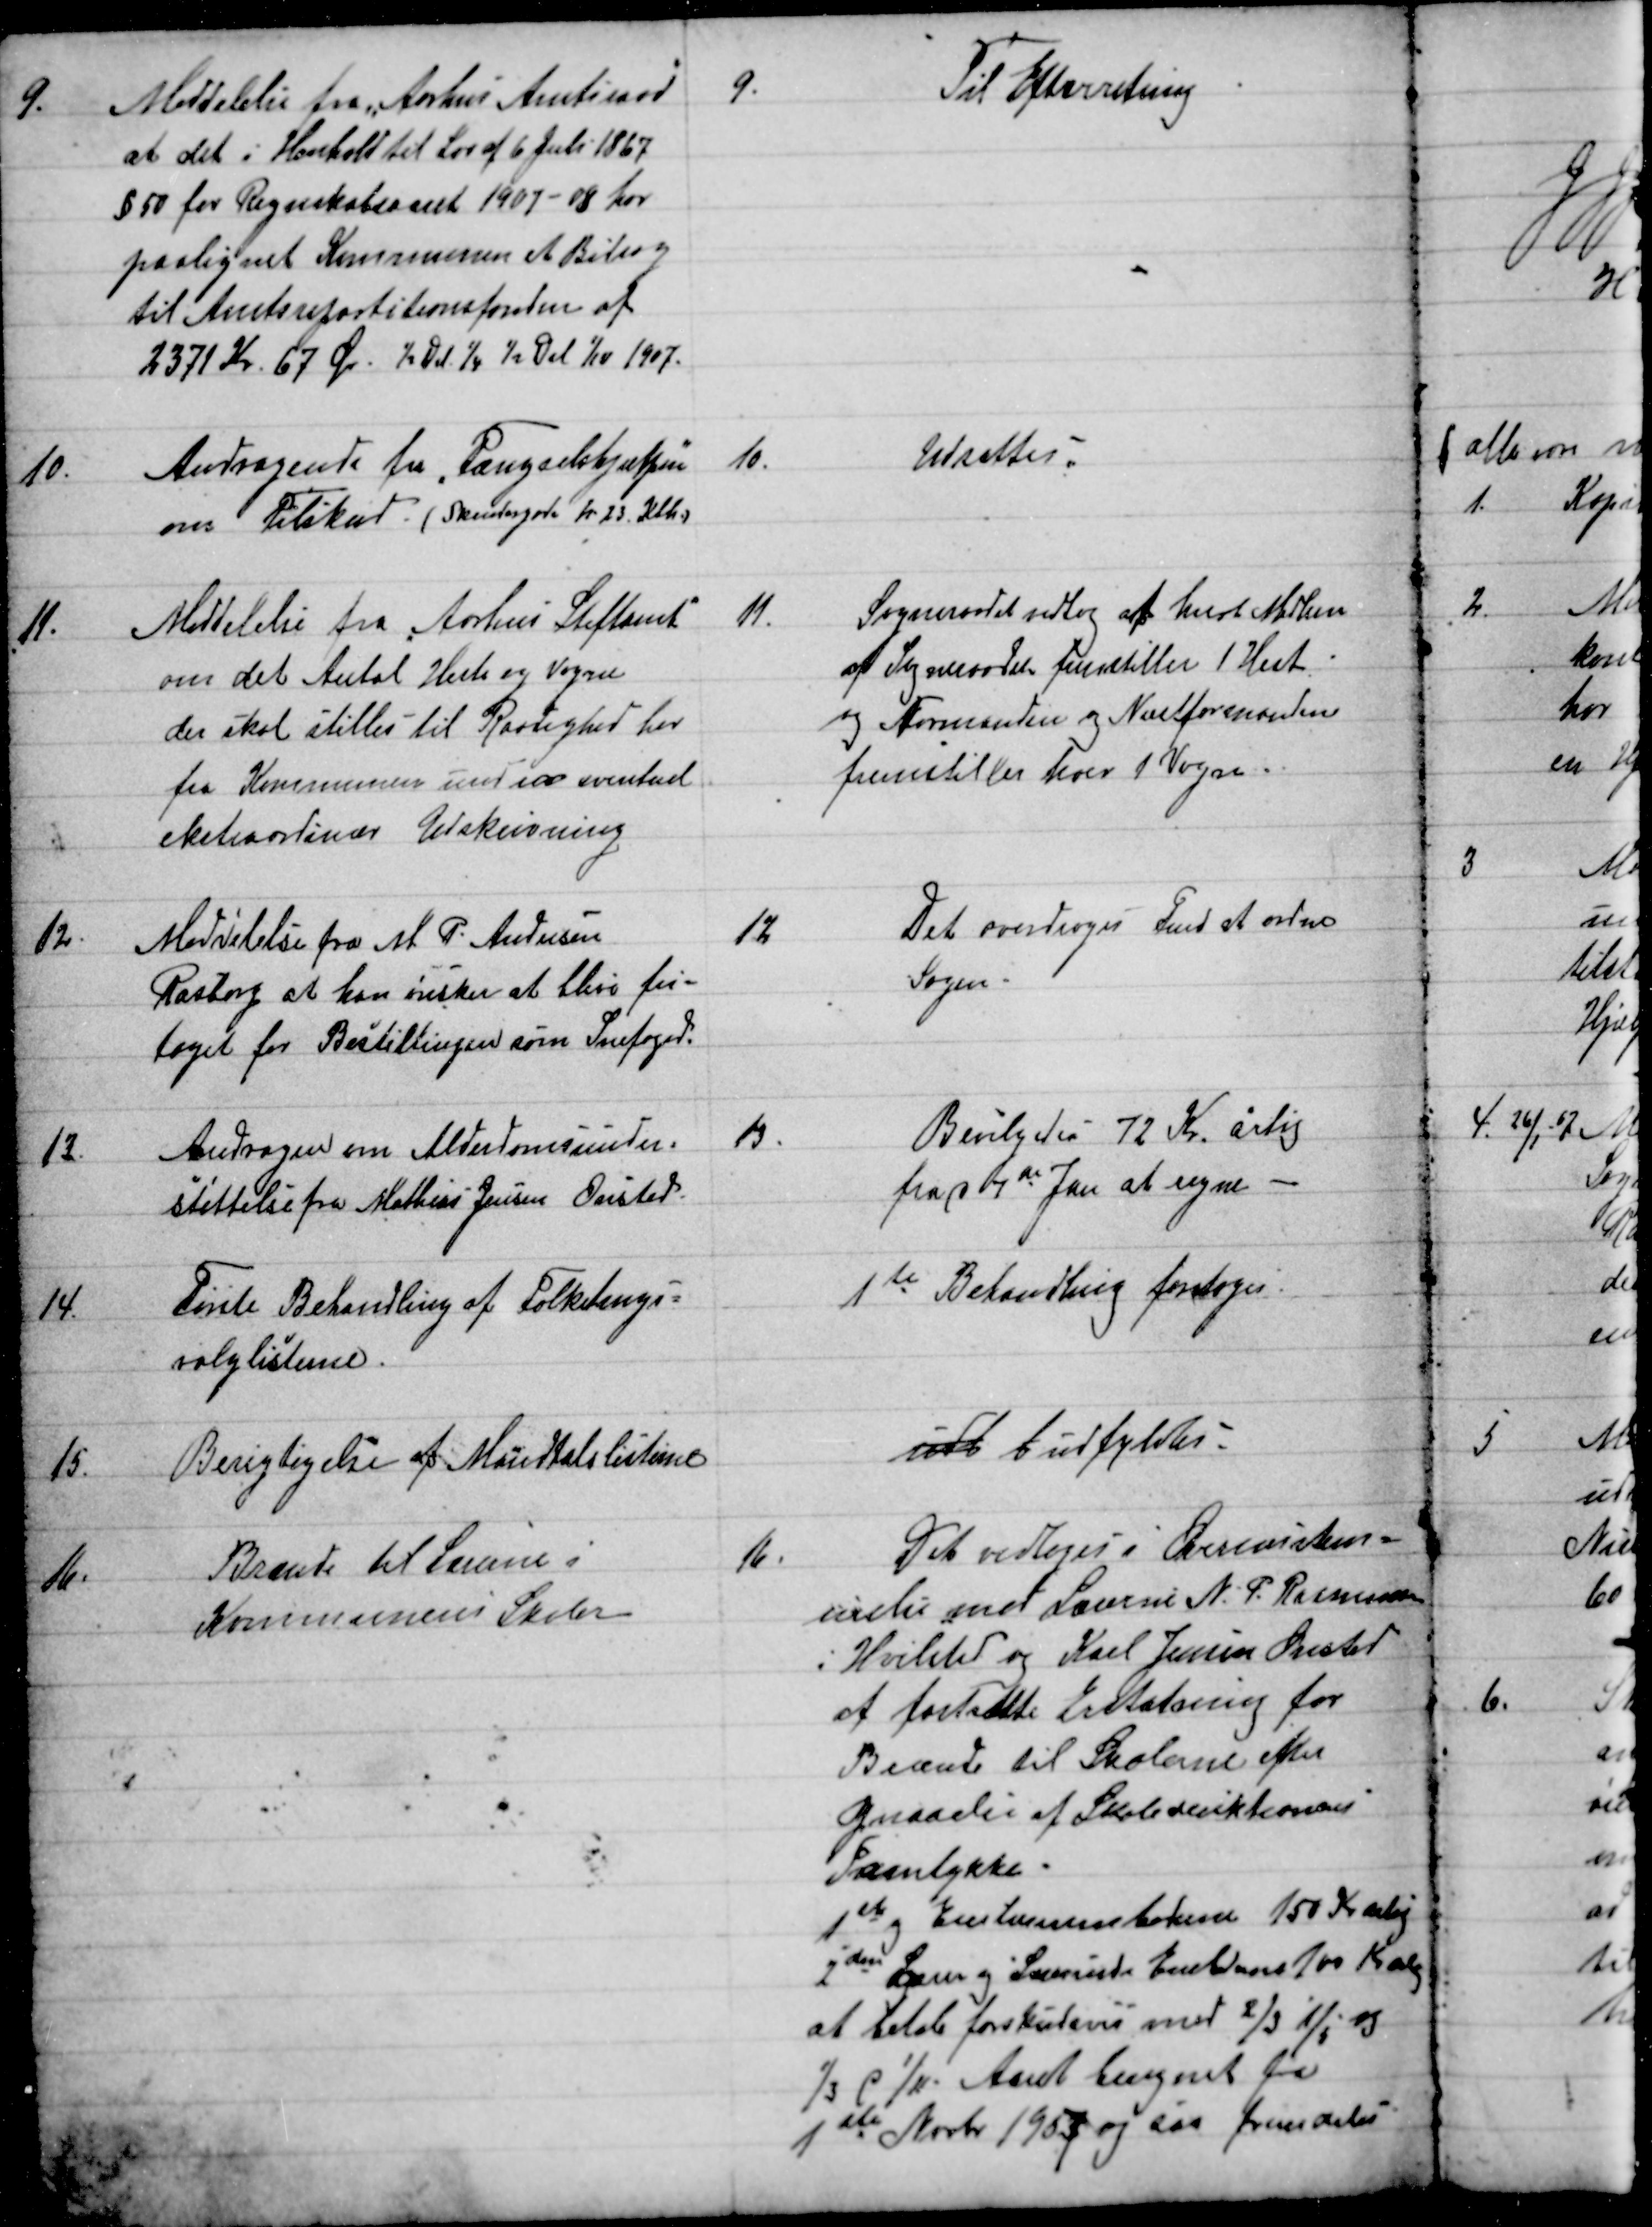
Transskription:
9. 
Meddelelse fra Aarhus Amtsraad
at det i Henhold til Lov af 6 Juli 1867
§ 50 for Regnskabsaaret 1907 - 08 har
paalignet Kommunen et Bidrag
til Amtsrepartitionsfonden af
2371 Kr. 67 Øre ½ Del ¼ ½ Del 1/10 1907.
9.
Til Efterretning
10.
Andragende fra Fængselshjælpen
om Tilskud. (Skindergade Nr 23. Kbh.)
10.
Udsattes
11.
Meddelelse fra Aarhus Stiftamt
om det Antal Heste og Vogne
der skal stilles til Raadighed her
fra Kommunen under eventuel
ekstraordinær Udskrivning.
11.
Sogneraadet vedtog af hvert Medlem
af Sogneraadet fremstiller 1 Hest.
og Formanden og Næstformanden
fremstilles hver 1 Vogn.
12.
Meddelelse fra M. P. Andersen
Rasborg at han ønsker at blive fri-
taget for Bestillingen som Snefoged.
12
Det overdroges Fmd at ordne
Sagen.
13.
Andragen om Alderdomsunder-
støttelse fra Mathias Jensen Onsted.
13.
Bevilgedes 72 Kr. årlig
fra d 1te Jan at regne
14.
Første Behandling af Folketings=
valglisterne.
1te Behandling foretoges.
15.
Berigtigelse af Mandtalslisterne
udb b udfyldtes.
16.
Brænde til Lærerne i
Kommunens Skoler
16.
Det vedtoges i Overenstem=
melse med Lærerne N. P. Rasmussen
i Hvilsted og Karl Jensen Onsted
at fastsætte Erstatning for
Brænde til Skolerne efter
Opnaaelse af Skoledirektionens
Samtykke.
1ste og Enelærerembederne150 Kr aarlig
2den Lærer og Lærerinde Embederne 100 Kr aarl
at betale forskudsvis med 2/3 1/5 og
1/3 d. 1/11 Aaret beregnet fra
1ste Novbr 1907 og saa fremdeles.